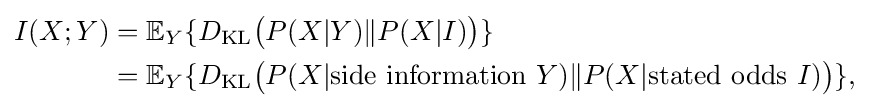
{\begin{aligned}I(X;Y)&=\mathbb {E} _{Y}\{D_{\mathrm {KL} }{\big (}P(X|Y)\|P(X|I){\big )}\}\\&=\mathbb {E} _{Y}\{D_{\mathrm {KL} }{\big (}P(X|{\textrm {side}}\ {\textrm {information}}\ Y)\|P(X|{\textrm {stated}}\ {\textrm {odds}}\ I){\big )}\},\end{aligned}}